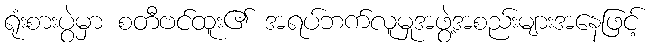
ရုံးစားပွဲမှာ စတီဗင်ထူး၏ အရပ်ဘက်လူမှုအဖွဲ့အစည်းများအနေဖြင့်